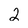
Character: 2